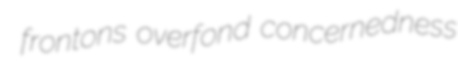
frontons overfond concernedness